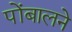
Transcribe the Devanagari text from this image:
पोंबालने